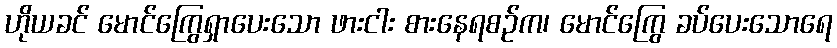
ဟိုယခင် မောင်ကြွေရှာပေးသော ဖားငါး စားနေရစဉ်က၊ မောင်ကြွေ ခပ်ပေးသောရေ